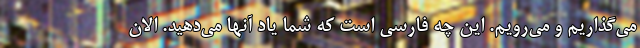
می‌گذاریم و می‌رویم. این چه فارسی است که شما یاد آنها می‌دهید. الان